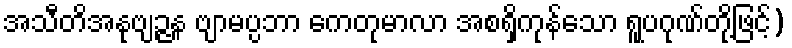
အသီတိအနုဗျဉ္ဇန ဗျာမပ္ပဘာ ကေတုမာလာ အစရှိကုန်သော ရူပဂုဏ်တို့ဖြင့်)